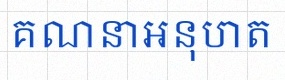
គណនាអនុបាត